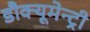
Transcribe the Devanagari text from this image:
डौक्यूमेन्ट्री